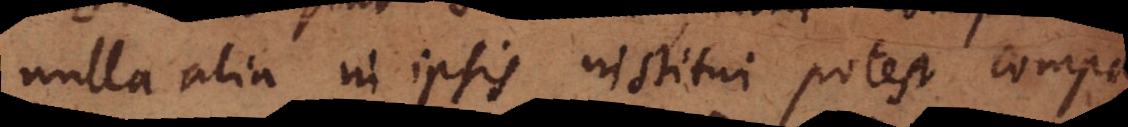
nulla alia in ipsis institui potest compa